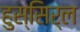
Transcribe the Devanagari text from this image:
हुस्सिर्ल